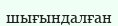
шығындалған